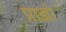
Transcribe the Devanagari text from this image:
प्राज्ञो